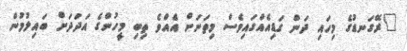
"ރޭގަނޑުގެ މިހައި ދަން ގަޑިއެއްގައިވެސް މިތަނަށް އެއްވެ ތިބި މީހުންގެ އަދަދަށް ބައިލުމުން